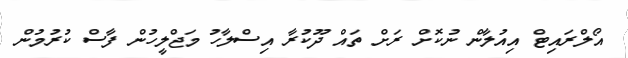
އޯލްރައިޓް އިއުލާން ނުކޮށް ރަށް ތައް ދޫކުރާ އިސްލާހު މަޖްލީހުން ފާސް ކުރުމުން